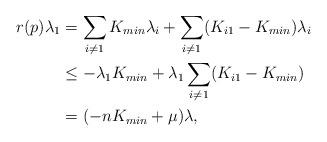
LaTeX: \begin{align*}r(p)\lambda_1&=\sum_{i\neq1}K_{min}\lambda_i+\sum_{i\neq1}(K_{i1}-K_{min})\lambda_i\\ &\leq-\lambda_1 K_{min}+\lambda_1\sum_{i\neq1}(K_{i1}-K_{min})\\ &=(-nK_{min}+\mu)\lambda, \end{align*}